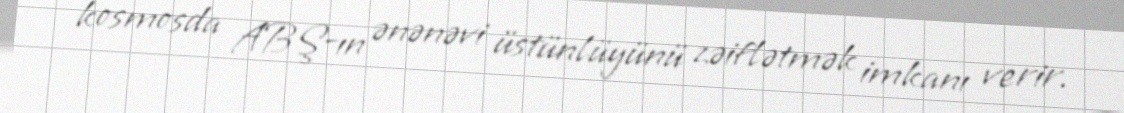
kosmosda ABŞ-ın ənənəvi üstünlüyünü zəiflətmək imkanı verir.